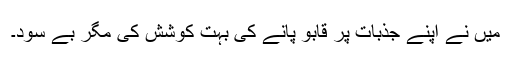
میں نے اپنے جذبات پر قابو پانے کی بہت کوشش کی مگر بے سود۔